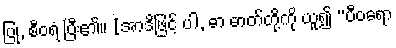
ပြု, စီဝရံ ပြီး၏။ [အာဒိဖြင့် ပါ, ဓာ ဓာတ်တို့ကို ယူ၍ “ပီဝရော